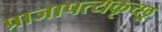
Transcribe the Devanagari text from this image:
प्राजापत्यकृच्छ्र